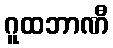
ဂူထဘာဏီ